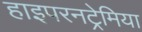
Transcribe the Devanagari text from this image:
हाइपरनट्रेमिया